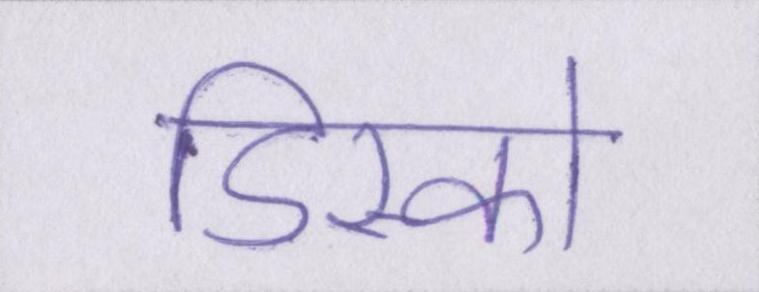
डिस्को